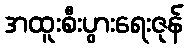
အထူးစီးပွားရေးဇုန်